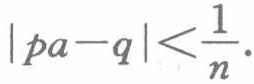
\(|pa - q| < \frac{1}{n}\)